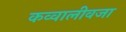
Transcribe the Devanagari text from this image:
कव्वालीवजा